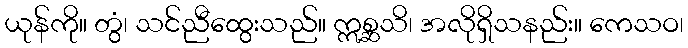
ယုန်ကို။ တွံ၊ သင်ညီထွေးသည်။ ဣစ္ဆသိ၊ အလိုရှိသနည်း။ ကေသဝ၊